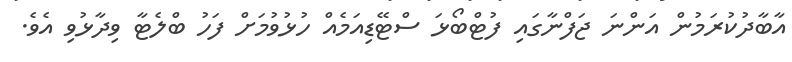
އާބާދުކުރަމުން އަންނަ ޖަފްނާގައި ފުޓްބޯޅަ ސްޓޭޑިއަމެއް ހުޅުވުމަށް ފަހު ބްލެޓާ ވިދާޅުވި އެވެ.